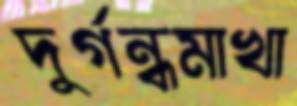
দুর্গন্ধমাখা